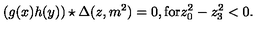
( g ( x ) h ( y ) ) \star \Delta ( z , m ^ { 2 } ) = 0 , \mathrm { f o r } z _ { 0 } ^ { 2 } - z _ { 3 } ^ { 2 } < 0 .